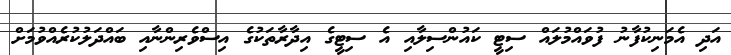
އަދި އެމަނިކުފާނު ފުވައްމުލައް ސިޓީ ކައުންސިލާއި އެ ސިޓީގެ އިދާރާތަކުގެ އިސްވެރިންނާއި ބައްދަލުކުރެއްވުމަށް